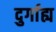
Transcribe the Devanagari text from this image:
दुर्गाह्य